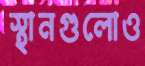
স্থানগুলোও